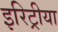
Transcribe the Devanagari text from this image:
इरिट्रीया